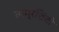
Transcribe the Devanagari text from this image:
ताम्रशिंबी